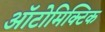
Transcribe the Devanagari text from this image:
ऑटोमिक्टिक